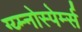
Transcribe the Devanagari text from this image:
ग्य्म्नोस्पेर्म्स